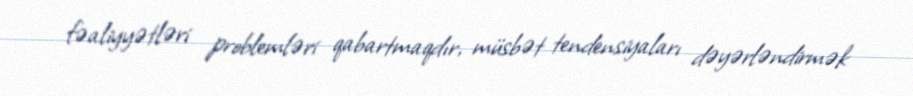
fəaliyyətləri problemləri qabartmaqdır, müsbət tendensiyaları dəyərləndirmək